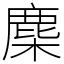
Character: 䴢